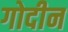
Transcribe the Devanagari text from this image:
गोदीन